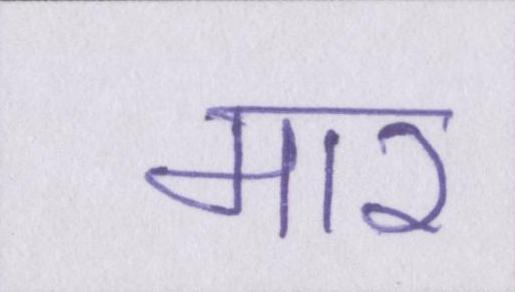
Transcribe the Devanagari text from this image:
मार